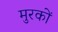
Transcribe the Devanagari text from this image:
मुरकों